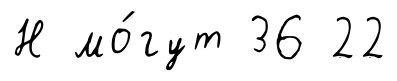
Н мо́гут 36 22